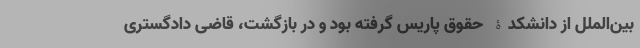
بین‌الملل از دانشکدۀ حقوق پاریس گرفته بود و در بازگشت، قاضی دادگستری